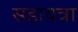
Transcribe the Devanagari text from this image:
सहायत्रा